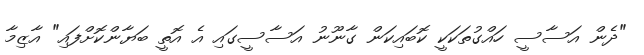
"ދެން އަސާސީ ހައްގުތަކަކީ ކޮބައިކަން ގާނޫނު އަސާސީގައި އެ އޮތީ ބަޔާންކޮށްފައި" އާޒިމާ